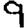
Digit: 9